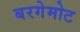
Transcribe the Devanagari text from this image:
बरगेमोट